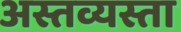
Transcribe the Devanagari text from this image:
अस्तव्यस्ता